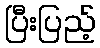
ပြီးပြည့်